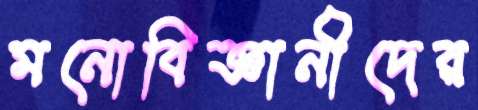
মনোবিজ্ঞানীদের